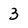
Character: 3